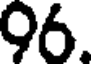
96.